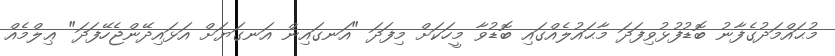
މުޙައްމަދުގެފާނު ބޮޑުފުޅުވިފަދަ މާޙައުލެއްގައި ބޮޑުވާ މީހަކަށް މިފަދަ "އަނގައިން އަނގަޔަށް އަޅައިދޭންޖެހޭފަދަ" ޢިލްމެއް